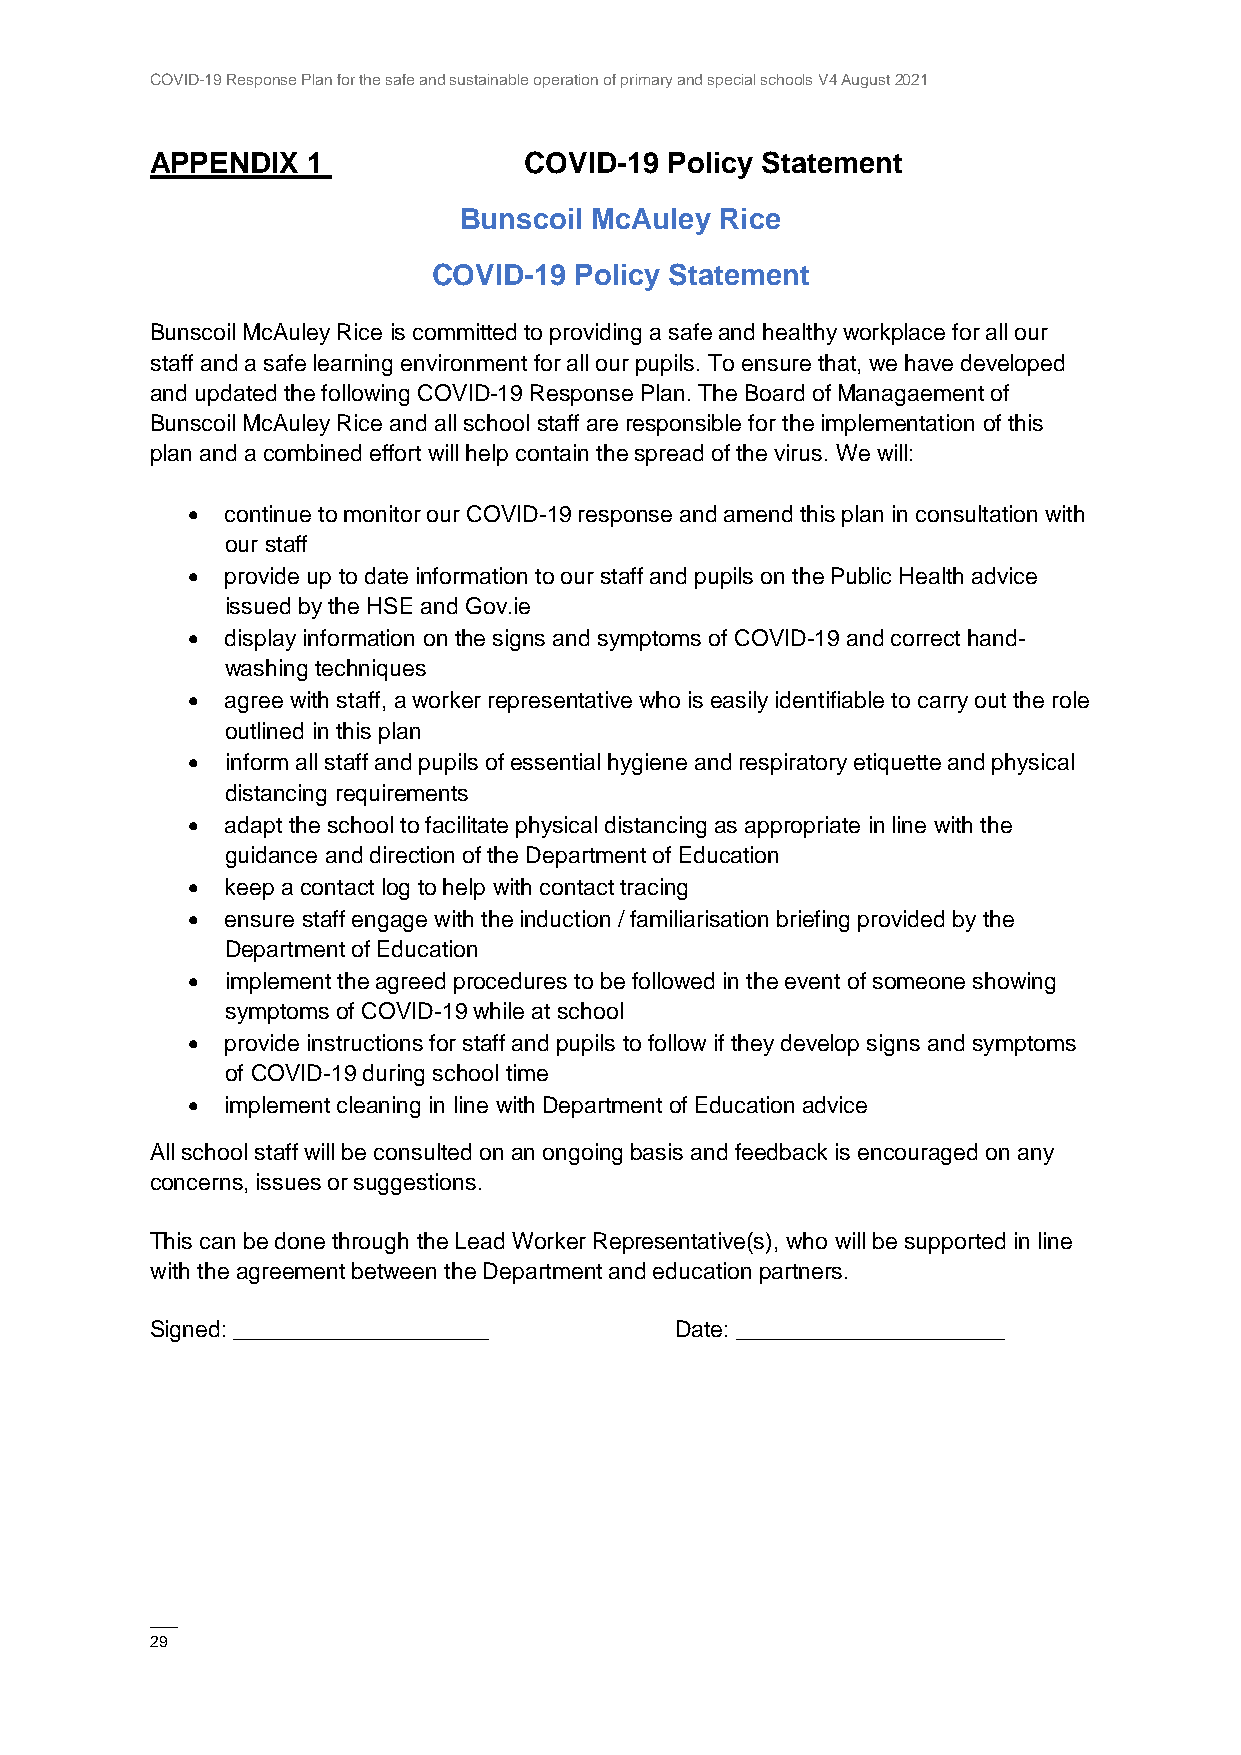
COVID-19 Response Plan for the safe and sustainable operation of primary and special schools V4 August 2021
 APPENDIX  1              COVID-19 Policy Statement
 Bunscoil McAuley  Rice
 COVID-19 Policy Statement
 Bunscoil McAuley Rice is committed to providing a safe and healthy workplace for all our
 staff and a safe learning environment for all our pupils. To ensure that, we have developed
 and updated the following COVID-19 Response Plan. The Board of Managaement of
 Bunscoil McAuley Rice and all school staff are responsible for the implementation of this
 plan and a combined effort will help contain the spread of the virus. We will:
   continue to monitor our COVID-19 response and amend this plan in consultation with
 our staff
   provide up to date information to our staff and pupils on the Public Health advice
 issued by the HSE and Gov.ie
   display information on the signs and symptoms of COVID-19 and correct hand-
 washing techniques
   agree with staff, a worker representative who is easily identifiable to carry out the role
 outlined in this plan
   inform all staff and pupils of essential hygiene and respiratory etiquette and physical
 distancing requirements
   adapt the school to facilitate physical distancing as appropriate in line with the
 guidance and direction of the Department of Education
   keep a contact log to help with contact tracing
   ensure staff engage with the induction / familiarisation briefing provided by the
 Department of Education
   implement the agreed procedures to be followed in the event of someone showing
 symptoms of COVID-19 while at school
   provide instructions for staff and pupils to follow if they develop signs and symptoms
 of COVID-19 during school time
   implement cleaning in line with Department of Education advice
 All school staff will be consulted on an ongoing basis and feedback is encouraged on any
 concerns, issues or suggestions.
 This can be done through the Lead Worker Representative(s), who will be supported in line
 with the agreement between the Department and education partners.
 Signed: ____________________       Date: _____________________
 ——
 29